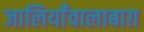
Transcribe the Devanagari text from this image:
जालियाँवालाबाग़